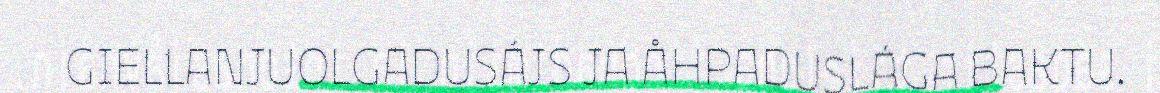
GIELLANJUOLGADUSÁJS JA ÅHPADUSLÁGA BAKTU.